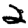
Digit: 2